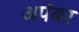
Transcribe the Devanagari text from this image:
अपंबर